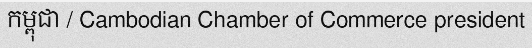
កម្ពុជា / Cambodian Chamber of Commerce president